Annual report on the health of the army in India
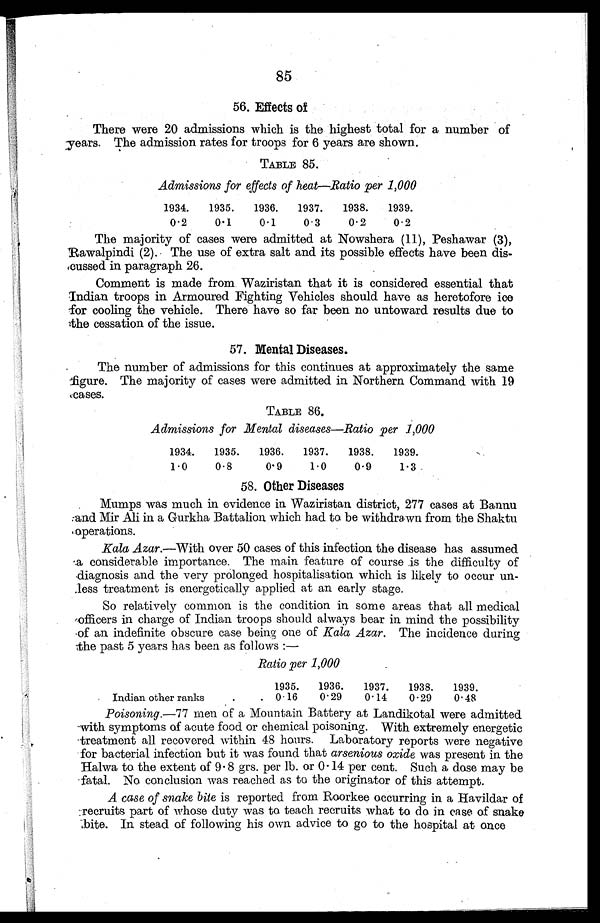
85
56. Effects of
There were 20 admissions which is the highest total for a number of
years. The admission rates for troops for 6 years are shown.
TABLE 85.
Admissions for effects of heat—Ratio per 1,000
1934.
1935.
1936.
1937.
1938.
1939.
0 . 2
0.1
0.1
0.3
0.2
0.2
The majority of cases were admitted at Nowshera (11), Peshawar (3),
Rawalpindi (2). The use of extra salt and its possible effects have been dis
-
cussed in paragraph 26.
Comment is made from Waziristan that it is considered essential that
Indian troops in Armoured Fighting Vehicles should have as heretofore ice
for cooling the vehicle. There have so far been no untoward results due to
the cessation of the issue.
57. Mental Diseases.
The number of admissions for this continues at approximately the same
figure. The majority of cases were admitted in Northern Command with 19
cases.
TABLE 86.
Admissions for Mental diseases—Ratio per 1,000
1934.
1935.
1936.
1937.
1938.
1939.
1 . 0
0.8
0.9
1.0
0.9
1.3
58. Other Diseases
Mumps was much in evidence in Waziristan district, 277 cases at Bannu
and Mir Ali in a Gurkha Battalion which had to be withdrawn from the Shaktu
operations.
Kala Azar.—With over 50 cases of this infection the disease has assumed
a considerable importance. The main feature of course is the difficulty of
diagnosis and the very prolonged hospitalisation which is likely to occur un
-
less treatment is energetically applied at an early stage.
So relatively common is the condition in some areas that all medical
officers in charge of Indian troops should always bear in mind the possibility
of an indefinite obscure case being one of Kala Azar. The incidence during
the past 5 years has been as follows :—
Ratio per 1,000
1935.
1936.
1937.
1938.
1939.
Indian other ranks . . .
0.16
0.29
0.14
0.29
0.48
Poisoning.-77 men of a Mountain Battery at Landikotal were admitted
with symptoms of acute food or chemical poisoning. With extremely energetic
treatment all recovered within 48 hours. Laboratory reports were negative
for bacterial infection but it was found that arsenious oxide was present in the
Halwa to the extent of 9.8 grs. per lb. or 0.14 per cent. Such a dose may be
fatal. No conclusion was reached as to the originator of this attempt.
A case of snake bite is reported from Roorkee occurring in a Havildar of
recruits part of whose duty was to teach recruits what to do in case of snake
bite. In stead of following his own advice to go to the hospital at once